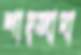
শাহ্‌জাদা